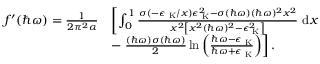
\begin{array} { r l } { f ^ { \prime } ( \hbar \omega ) = \frac { 1 } { 2 \pi ^ { 2 } \alpha } } & { \left[ \int _ { 0 } ^ { 1 } \frac { \sigma ( - \epsilon _ { \mathrm { \tiny ~ K } } / x ) \epsilon _ { \mathrm { \tiny ~ K } } ^ { 2 } - \sigma ( \hbar \omega ) ( \hbar \omega ) ^ { 2 } x ^ { 2 } } { x ^ { 2 } \left[ x ^ { 2 } ( \hbar \omega ) ^ { 2 } - \epsilon _ { \mathrm { \tiny ~ K } } ^ { 2 } \right] } ~ \mathrm { d } x \right. } \\ & { - \left. \frac { ( \hbar \omega ) \sigma ( \hbar \omega ) } { 2 } \ln { \left( \frac { \hbar \omega - \epsilon _ { \mathrm { \tiny ~ K } } } { \hbar \omega + \epsilon _ { \mathrm { \tiny ~ K } } } \right) } \right] . } \end{array}